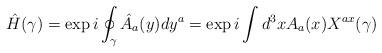
LaTeX: \begin{align*}{\hat H}(\gamma)=\exp {i\oint_{\gamma}{\hat A}_{a}(y)dy^{a}}=\exp {i\int d^3x A_a(x) X^{ax}(\gamma)}\end{align*}